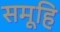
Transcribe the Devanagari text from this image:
समूहि